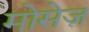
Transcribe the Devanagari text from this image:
मोसेज़